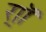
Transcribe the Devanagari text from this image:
र्‍ाॉ